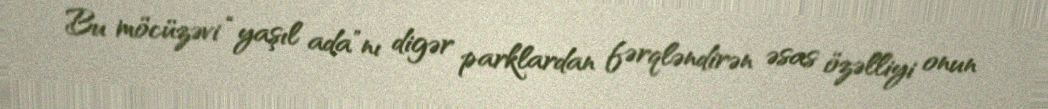
Bu möcüzəvi “yaşıl ada”nı digər parklardan fərqləndirən əsas özəlliyi onun